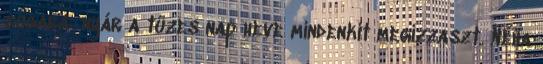
sugara: nyár a tüzes nap heve mindenkit megizzaszt. Néha